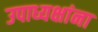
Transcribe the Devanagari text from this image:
उपाध्यक्षांना